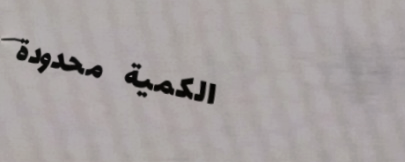
الكمية محدودة